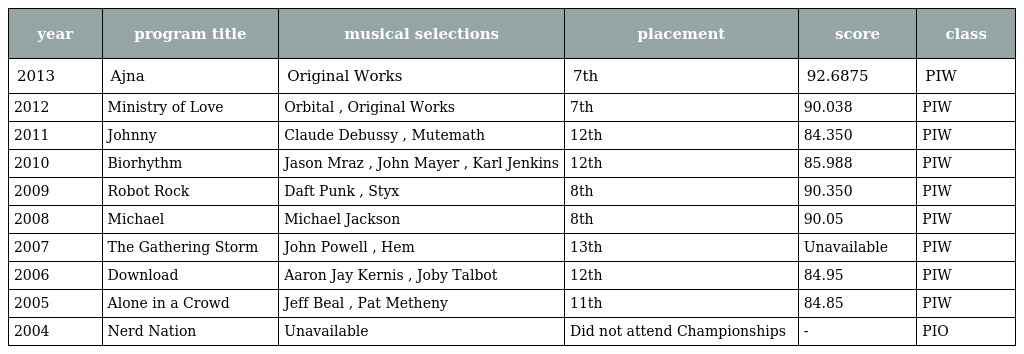
| year | program title | musical selections | placement | score | class |
 | --- | --- | --- | --- | --- | --- |
 | 2013 | Ajna | Original Works | 7th | 92.6875 | PIW |
 | 2012 | Ministry of Love | Orbital , Original Works | 7th | 90.038 | PIW |
 | 2011 | Johnny | Claude Debussy , Mutemath | 12th | 84.350 | PIW |
 | 2010 | Biorhythm | Jason Mraz , John Mayer , Karl Jenkins | 12th | 85.988 | PIW |
 | 2009 | Robot Rock | Daft Punk , Styx | 8th | 90.350 | PIW |
 | 2008 | Michael | Michael Jackson | 8th | 90.05 | PIW |
 | 2007 | The Gathering Storm | John Powell , Hem | 13th | Unavailable | PIW |
 | 2006 | Download | Aaron Jay Kernis , Joby Talbot | 12th | 84.95 | PIW |
 | 2005 | Alone in a Crowd | Jeff Beal , Pat Metheny | 11th | 84.85 | PIW |
 | 2004 | Nerd Nation | Unavailable | Did not attend Championships | - | PIO |